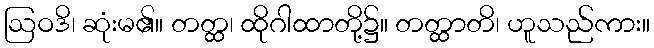
ဩဝဒိ၊ ဆုံးမ၏။ တတ္ထ၊ ထိုဂါထာတို့၌။ တတ္ထာတိ၊ ဟူသည်ကား။